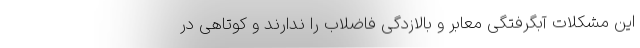
این مشکلات آبگرفتگی معابر و بالازدگی فاضلاب را ندارند و کوتاهی در